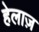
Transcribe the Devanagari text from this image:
हेलाज़